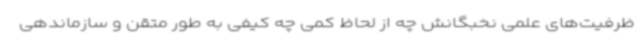
ظرفیت‌های علمی نخبگانش چه از لحاظ کمی چه کیفی به طور متقن و سازماندهی